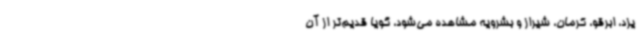
یزد، ابرقو، کرمان، شیراز و بشرویه مشاهده می‌شود، گویا قدیم‌تر از آن